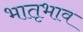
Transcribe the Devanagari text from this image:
भातृभाव